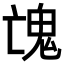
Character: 𩲉